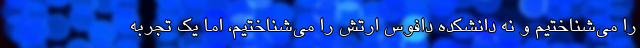
را می‌شناختیم و نه دانشکده دافوس ارتش را می‌شناختیم، اما یک تجربه